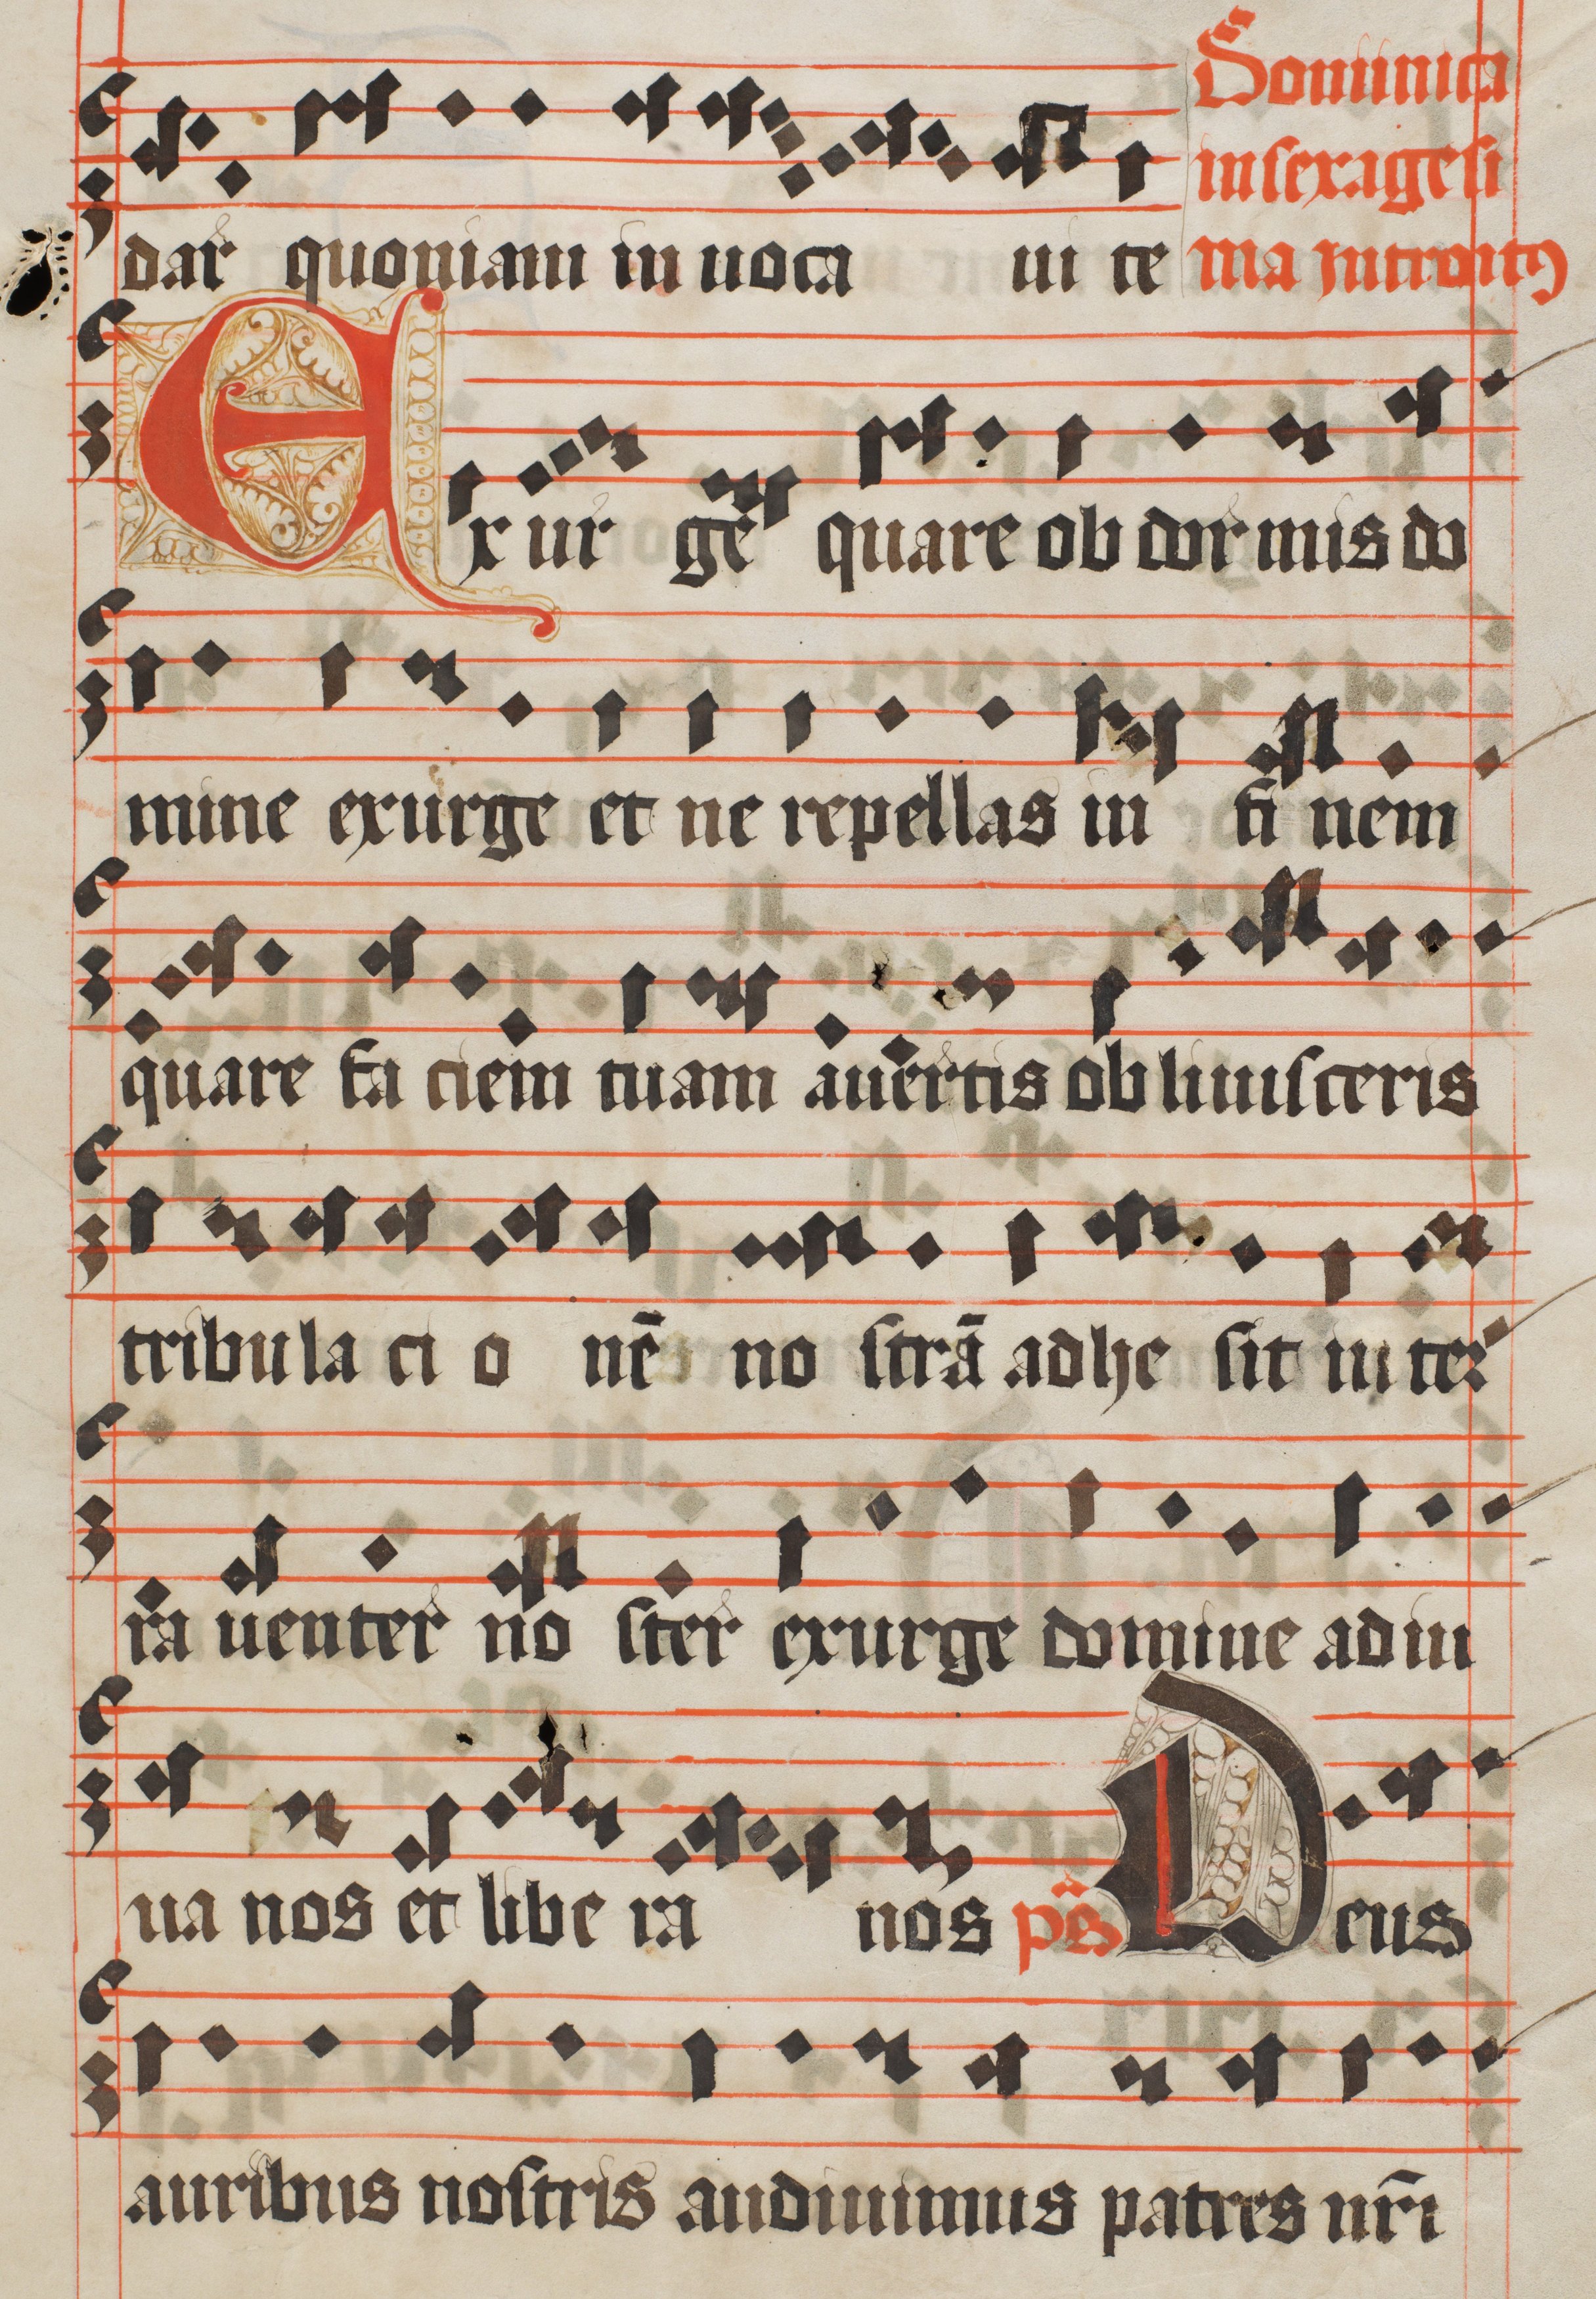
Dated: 1450–1599